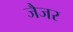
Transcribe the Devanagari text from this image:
जैजर